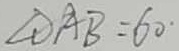
\angle O A B = 6 0